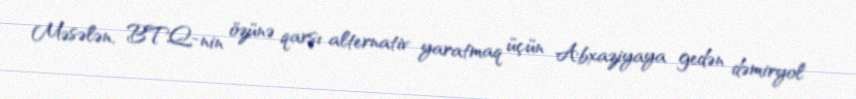
Məsələn, BTQ-nin özünə qarşı alternativ yaratmaq üçün Abxaziyaya gedən dəmiryol